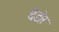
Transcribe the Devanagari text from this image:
थेडोर